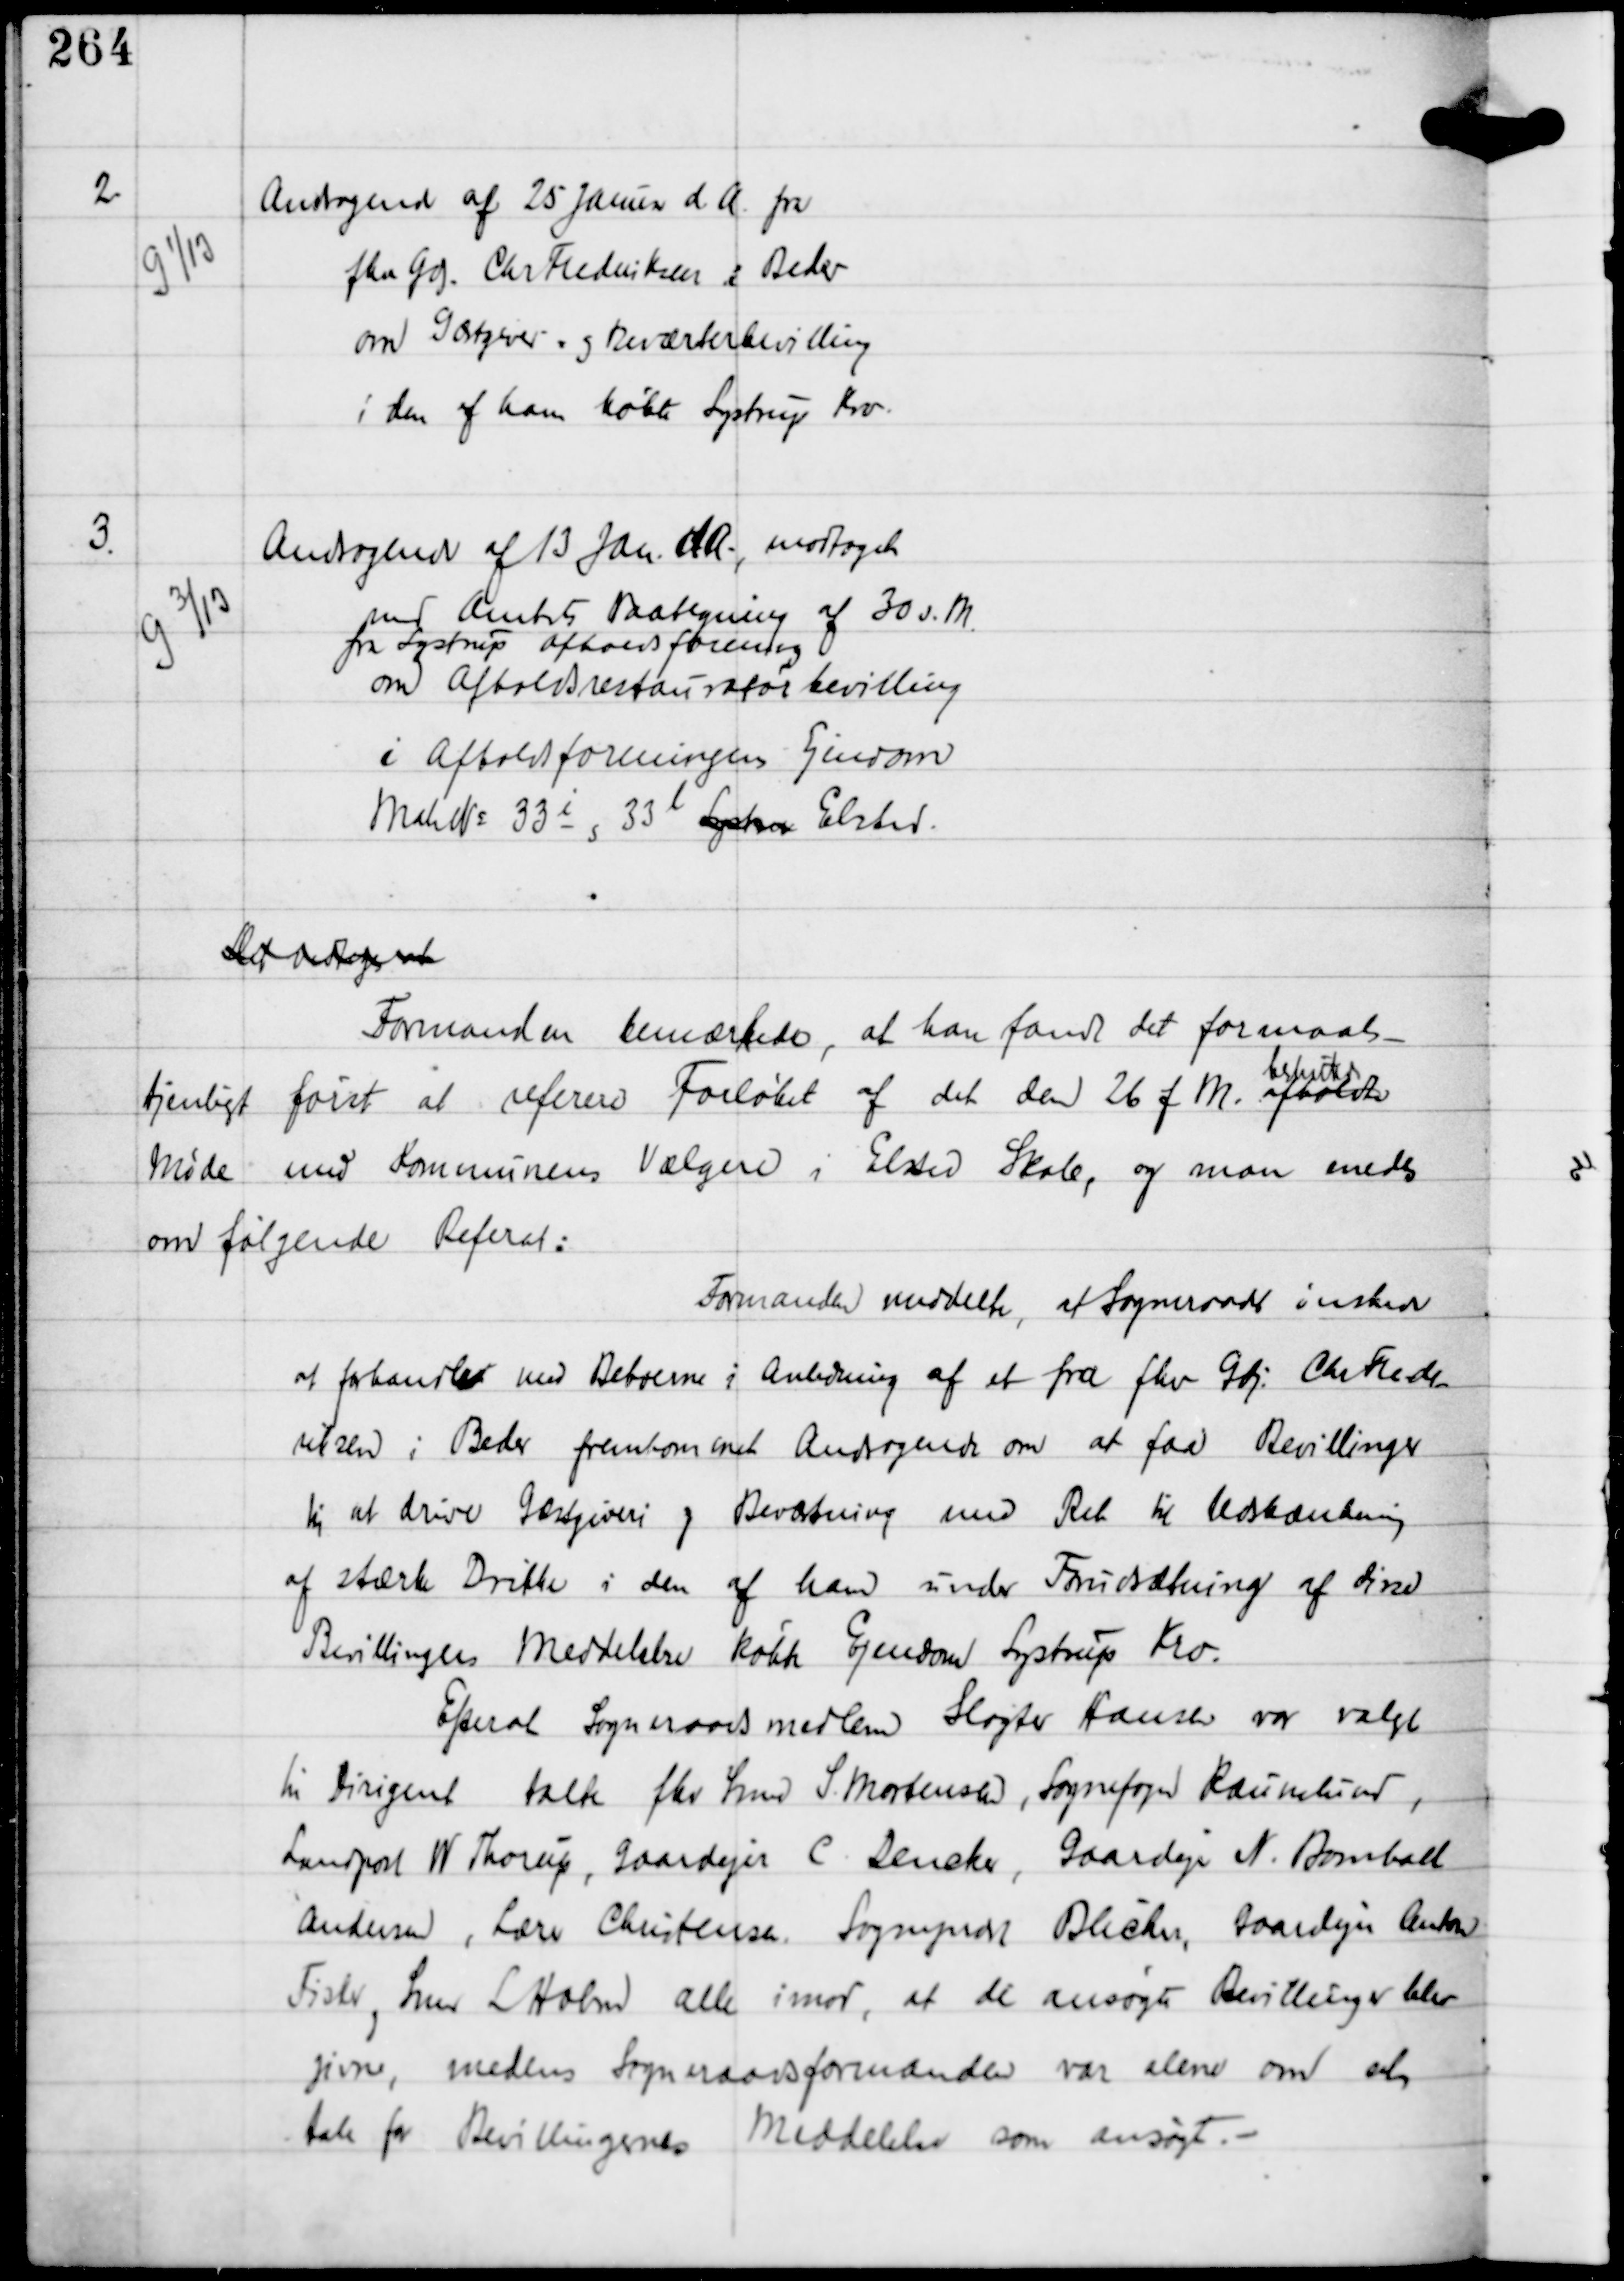
Transskription:
2

G 1/13

Andragende af 25 Januar d.A. fra
fhv Gdj Chr Frederiksen i Beder
om Gæstgiver og Beværterbevilling
i den af ham købte Lystrup Kro.

3

G 3/13

Andragende af 13 Jan d.A. modtaget
med Amtets Paategning af 30 s.M
fra Lystrup Afholdsforening
om Afholdsrestauratørbevilling
i Afholdsforeningens Ejendom
Matr No 33i og 33l Lystrup Elsted.

Det vedtoges at
Formanden bemærkede, at han fandt det formaals-
tjenligt først at referere Forløbet af det den 26 f.M. afholdte
befatte
Møde med Kommunens Vælgere i Elsted Skole, og man enedes
om følgende Referat:

Formanden meddelte, at Sogneraadet ønsker
at forhandle med Beboerne i Anledning af et fra fhv Gdj Chr Frede-
riksen i Beder fremkommet Andragende om at faa Bevillinger
til at drive Gæstgiveri og Beværtning med Ret til Udskænkning
af stærke Drikke i den ham under Forudsætning af disse
Bevillingers Meddelelse købte Ejendom Lystrup Kro.
Efter at Sogneraads Medlem Slagter Hansen var valgt
til Dirigent talte fhv Smed S. Mortensen, Sognefoged Raunslund,
Landpost W Thorup, Gaardejer C Dencker, Gaardejer N. Bomholt
Andersen, Lærer Christensen, Sognepræst Blicher, Gaardejer Anton
Fisker og Smed L Holm alle imod, at de ansøgte Bevillinger blev
givne, medens Sogneraadsformanden var alene om at
tale for Bevillingernes Meddelelse som ansøgt. -